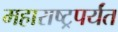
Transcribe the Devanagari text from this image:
महाराष्ट्रपर्यंत